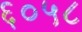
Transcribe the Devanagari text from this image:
६०५८